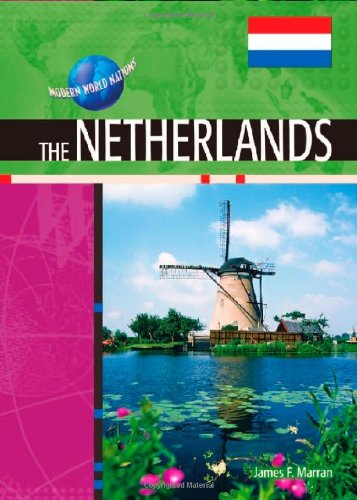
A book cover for The Netherlands (Modern World Nations); James F. Marran; Travel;